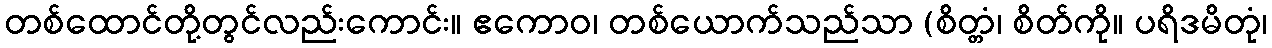
တစ်ထောင်တို့တွင်လည်းကောင်း။ ဧကောဝ၊ တစ်ယောက်သည်သာ (စိတ္တံ၊ စိတ်ကို။ ပရိဒမိတုံ၊